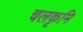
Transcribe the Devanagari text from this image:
चलकृमि